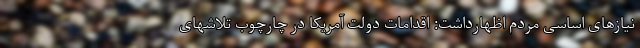
نیازهای اساسی مردم اظهارداشت: اقدامات دولت آمریکا در چارچوب تلاشهای